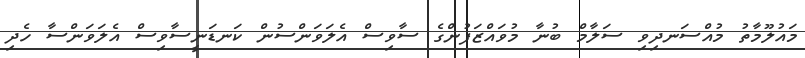
މައުލޫމާތު މުއްސަނދިވި ސަލާމް ބުނާ މުވައްޒަފުންގެ ސާވިސް އެލަވަންސުން ކަނޑަނީސާވިސް އެލަވަންސާ ހެދި